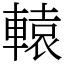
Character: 轅